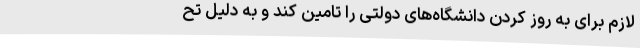
لازم برای به روز کردن دانشگاه‌های دولتی را تامین کند و به دلیل تح